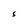
Character: S